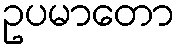
ဥပမာတော